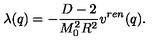
\lambda ( q ) = - \frac { D - 2 } { M _ { 0 } ^ { 2 } R ^ { 2 } } v ^ { r e n } ( q ) { . }